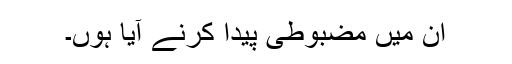
اُن میں مضبوطی پیدا کرنے آیا ہوں۔